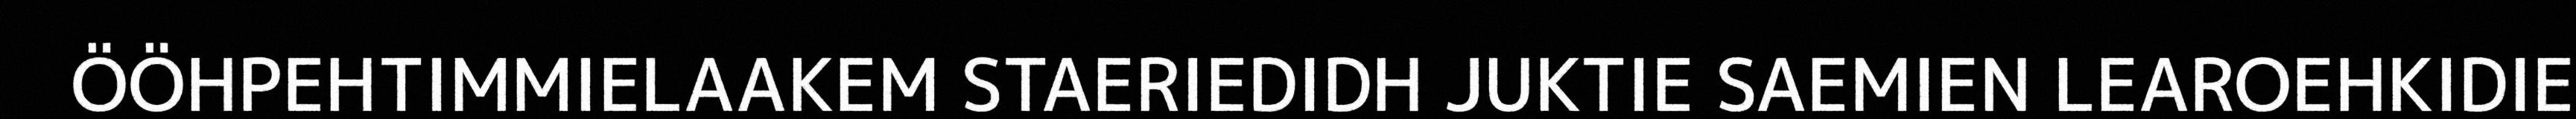
ÖÖHPEHTIMMIELAAKEM STAERIEDIDH JUKTIE SAEMIEN LEAROEHKIDIE